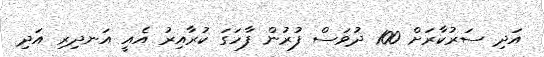
އަދި ސަރުކާރަށް 100 ދުވަސް ފުރުން ފާހަގަ ކުރާއިރު އެއީ އަނދިރި އަދި